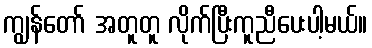
ကျွန်တော် အတူတူ လိုက်ပြီးကူညီပေးပါ့မယ်။